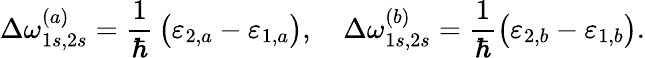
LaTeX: \Delta\omega_{1s,2s}^{(a)}=\frac{1}{\hbar}\, \big(\varepsilon_{2,a}-\varepsilon_{1,a}\big),\quad\Delta\omega_{1s,2s}^{(b)}=\frac{1}{\hbar}\big(\varepsilon_{2,b}-\varepsilon_{1,b}\big).